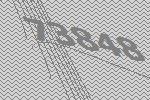
73848